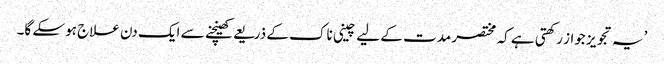
’یہ تجویز جواز رکھتی ہے کہ مختصر مدت کے لیے چینی ناک کے ذریعے کھینچنے سے ایک دن علاج ہوسکے گا۔